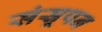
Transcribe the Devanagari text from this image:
संस्रूपन